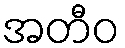
အတီဝ